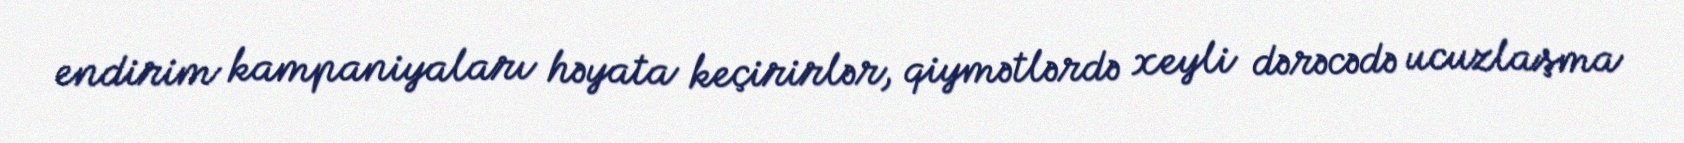
endirim kampaniyaları həyata keçirirlər, qiymətlərdə xeyli dərəcədə ucuzlaşma